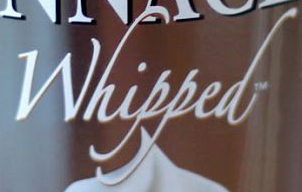
Whipped